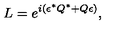
L = e ^ { i ( \epsilon ^ { \ast } Q ^ { \ast } + Q \epsilon ) } ,